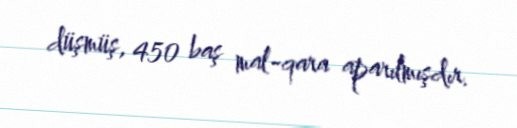
düşmüş, 450 baş mal-qara aparılmışdır.